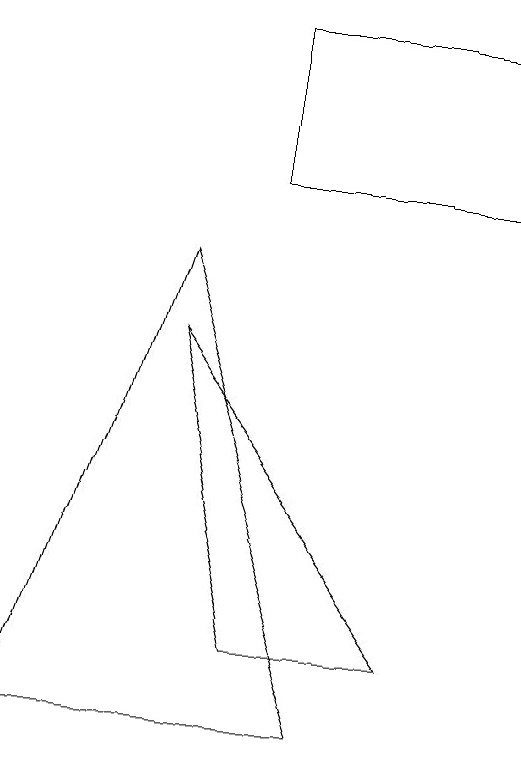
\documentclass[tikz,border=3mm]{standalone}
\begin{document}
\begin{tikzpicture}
\draw (1,3) -- (3,9) -- (5,3) -- cycle;
\draw (4,10) rectangle (7,12);
\draw (4,4) -- (6,4) -- (3,8) -- cycle;
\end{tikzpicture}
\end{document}